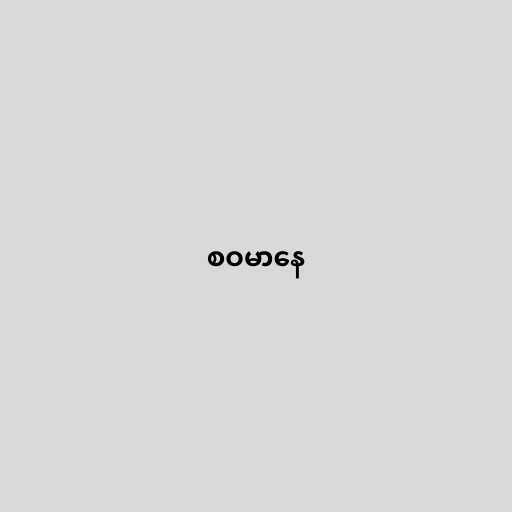
စဝမာနေ